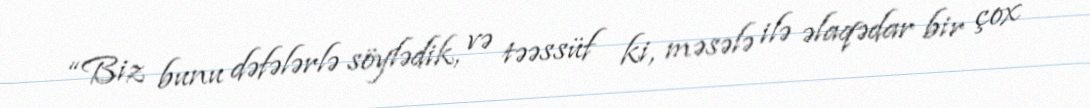
“Biz bunu dəfələrlə söylədik, və təəssüf ki, məsələ ilə əlaqədar bir çox